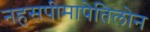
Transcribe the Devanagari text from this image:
नहसपीमापेतिलोन